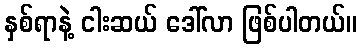
နှစ်ရာနဲ့ ငါးဆယ် ဒေါ်လာ ဖြစ်ပါတယ်။